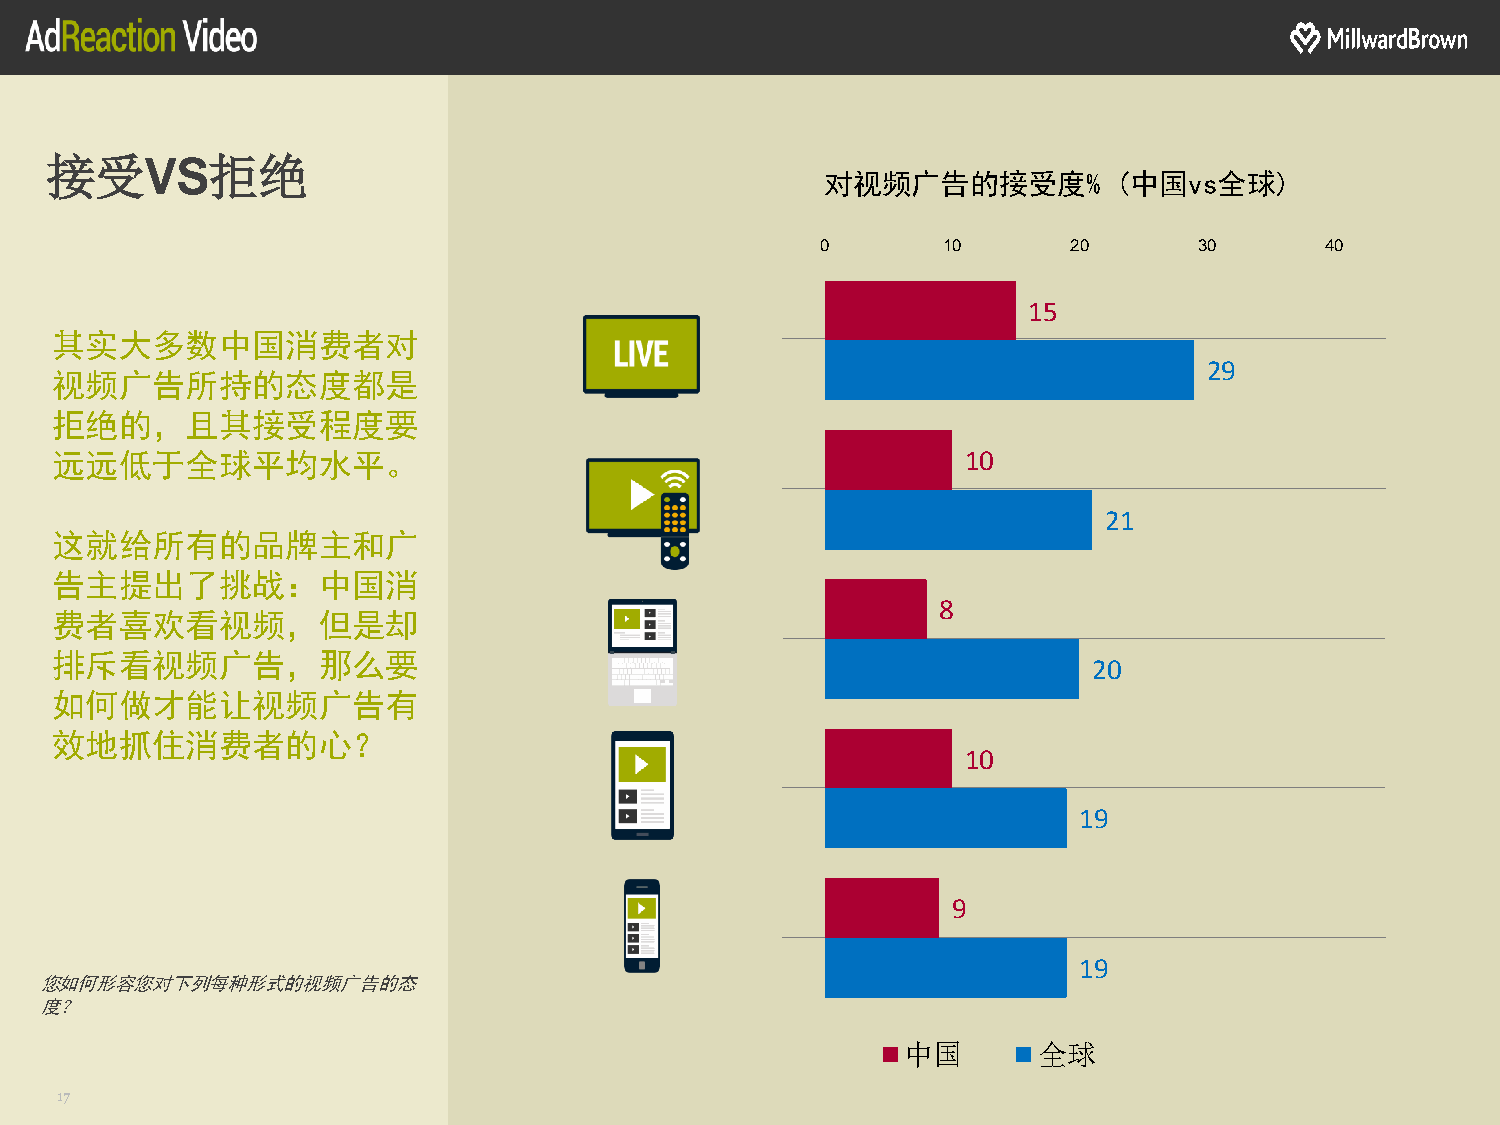
接受VS拒绝
 对视频广告的接受度%         (中国vs全球)
 0       10       20      30       40
 15
 其实大多数中国消费者对
 29
 视频广告所持的态度都是
 拒绝的，且其接受程度要
 远远低于全球平均水平。                                                  10
 21
 这就给所有的品牌主和广
 告主提出了挑战：中国消
 8
 费者喜欢看视频，但是却
 排斥看视频广告，那么要
 20
 如何做才能让视频广告有
 效地抓住消费者的心？
 10
 19
 9
 19
 您如何形容您对下列每种形式的视频广告的态
 度？
 中国       全球
 17